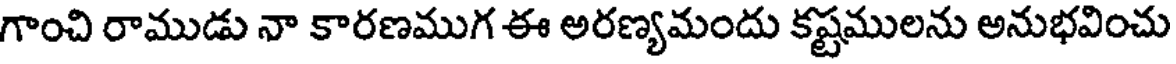
గాంచి రాముడు నా కారణముగ ఈ అరణ్యమందు కష్టములను అనుభవించు